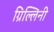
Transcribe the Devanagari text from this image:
ग्रिल्लिनी